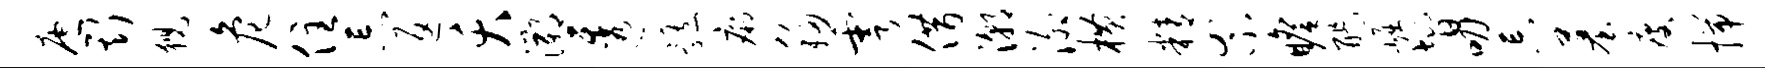
庖斯猊危住忘返夭溯透髓痢移雩借潮泖横精罘瞻醍崛智叨忘墓瘦揣